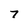
Character: 7